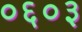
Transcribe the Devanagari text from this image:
०६०३